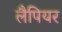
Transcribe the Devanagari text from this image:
लैपियर